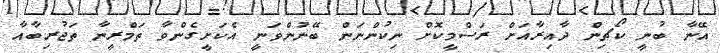
އޭނާ ބުނީ ކޯޗިން ދާއިރާއަށް ރަސްމީކޮށް ނިކުންނަން ބޭނުންވަނީ އެކަށީގެންވާ ތަމްރީނާ ތަޖުރިބާއާ